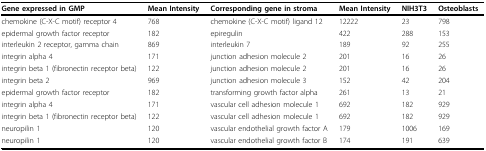
<table><thead><tr><td><b>Gene expressed in GMP</b></td><td><b>Mean Intensity</b></td><td><b>Corresponding gene in stroma</b></td><td><b>Mean Intensity</b></td><td><b>NIH3T3</b></td><td><b>Osteoblasts</b></td></tr></thead><tbody><tr><td>chemokine (C-X-C motif) receptor 4</td><td>768</td><td>chemokine (C-X-C motif) ligand 12</td><td>12222</td><td>23</td><td>798</td></tr><tr><td>epidermal growth factor receptor</td><td>182</td><td>epiregulin</td><td>422</td><td>288</td><td>153</td></tr><tr><td>interleukin 2 receptor, gamma chain</td><td>869</td><td>interleukin 7</td><td>189</td><td>92</td><td>255</td></tr><tr><td>integrin alpha 4</td><td>171</td><td>junction adhesion molecule 2</td><td>201</td><td>16</td><td>26</td></tr><tr><td>integrin beta 1 (fibronectin receptor beta)</td><td>122</td><td>junction adhesion molecule 2</td><td>201</td><td>16</td><td>26</td></tr><tr><td>integrin beta 2</td><td>969</td><td>junction adhesion molecule 3</td><td>152</td><td>42</td><td>204</td></tr><tr><td>epidermal growth factor receptor</td><td>182</td><td>transforming growth factor alpha</td><td>261</td><td>13</td><td>21</td></tr><tr><td>integrin alpha 4</td><td>171</td><td>vascular cell adhesion molecule 1</td><td>692</td><td>182</td><td>929</td></tr><tr><td>integrin beta 1 (fibronectin receptor beta)</td><td>122</td><td>vascular cell adhesion molecule 1</td><td>692</td><td>182</td><td>929</td></tr><tr><td>neuropilin 1</td><td>120</td><td>vascular endothelial growth factor A</td><td>179</td><td>1006</td><td>169</td></tr><tr><td>neuropilin 1</td><td>120</td><td>vascular endothelial growth factor B</td><td>174</td><td>191</td><td>639</td></tr></tbody></table>